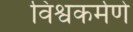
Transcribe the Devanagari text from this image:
विश्वकर्मणे